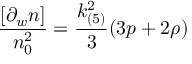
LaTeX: \frac { [ \partial _ { w } n ] } { n _ { 0 } ^ { 2 } } = \frac { k _ { ( 5 ) } ^ { 2 } } { 3 } ( 3 p + 2 \rho )